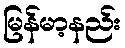
မြန်မာ့နည်း